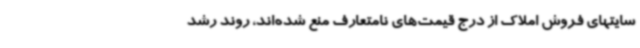
سایتهای فروش املاک از درج قیمت‌های نامتعارف منع شده‌اند، روند رشد